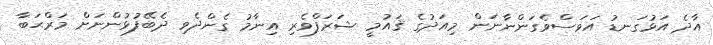
އާދެ އަޅުގަނޑު އަވަސްވެގަންނާނަން މިއަދުގެ ޤައުމީ ޝަރަފްވެރި އިނާމު ގެންދެވި ދެބޭފުޅުންނަށް މަރްޙަބާ